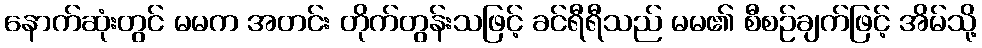
နောက်ဆုံးတွင် မမက အတင်း တိုက်တွန်းသဖြင့် ခင်ရီရီသည် မမ၏ စီစဉ်ချက်ဖြင့် အိမ်သို့